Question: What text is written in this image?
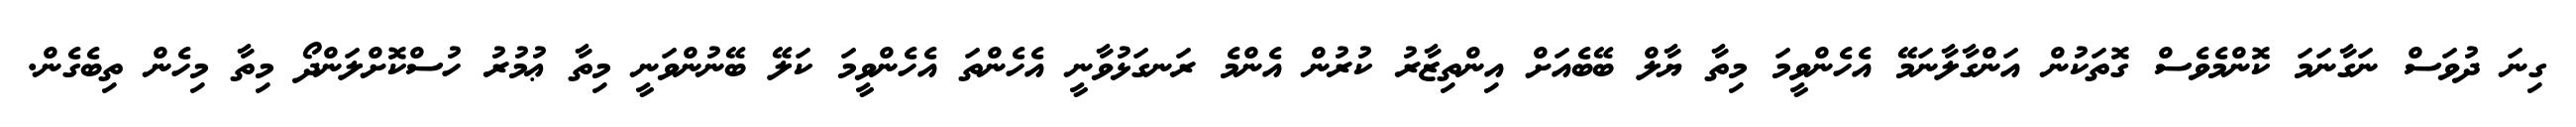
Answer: ގިނަ ދުވަސް ނަގާނަމަ ކޮންމެވެސް ގޮތަކުން އަންގާލާނަމޭ އެހެންވީމަ މިތާ ޔާލް ބޭބެއަށް އިންތިޒާރު ކުރުން އެންމެ ރަނގަޅުވާނީ އެހެންތަ އެހެންވީމަ ކަލޭ ބޭނުންވަނީ މިތާ ޢުމުރު ހުސްކޮށްލަންދޯ މިތާ މިހެން ތިބެގެން.